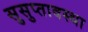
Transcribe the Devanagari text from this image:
सुसुप्तावस्था